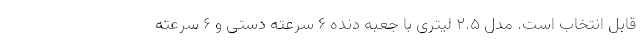
قابل انتخاب است. مدل 2.5 لیتری با جعبه دنده 6 سرعته دستی و 6 سرعته